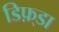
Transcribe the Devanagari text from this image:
डिफ़्डा